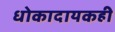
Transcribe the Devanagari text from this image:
धोकादायकही